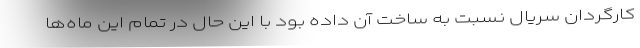
کارگردان سریال نسبت به ساخت آن داده بود با این حال در تمام این ماه‌ها